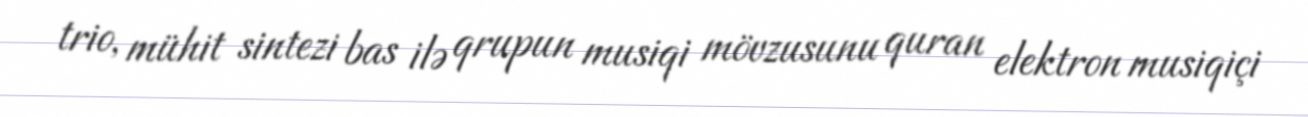
trio, mühit sintezi bas ilə qrupun musiqi mövzusunu quran elektron musiqiçi